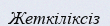
Жеткіліксіз